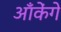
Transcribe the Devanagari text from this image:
आँकेंगे